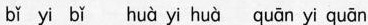
bi bi hua yi hua quan yi quan